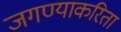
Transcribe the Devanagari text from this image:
जगण्याकरिता